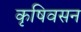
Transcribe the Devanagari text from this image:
कृषिवसन